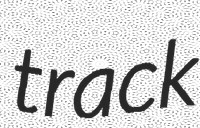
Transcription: track